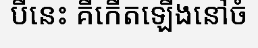
បីនេះ គឺកើតឡើងនៅចំ